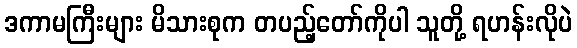
ဒကာမကြီးများ မိသားစုက တပည့်တော်ကိုပါ သူတို့ ရဟန်းလိုပဲ